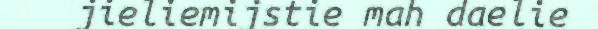
jieliemijstie mah daelie